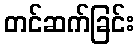
တင်ဆက်ခြင်း